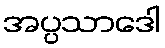
အပ္ပသာဒေါ